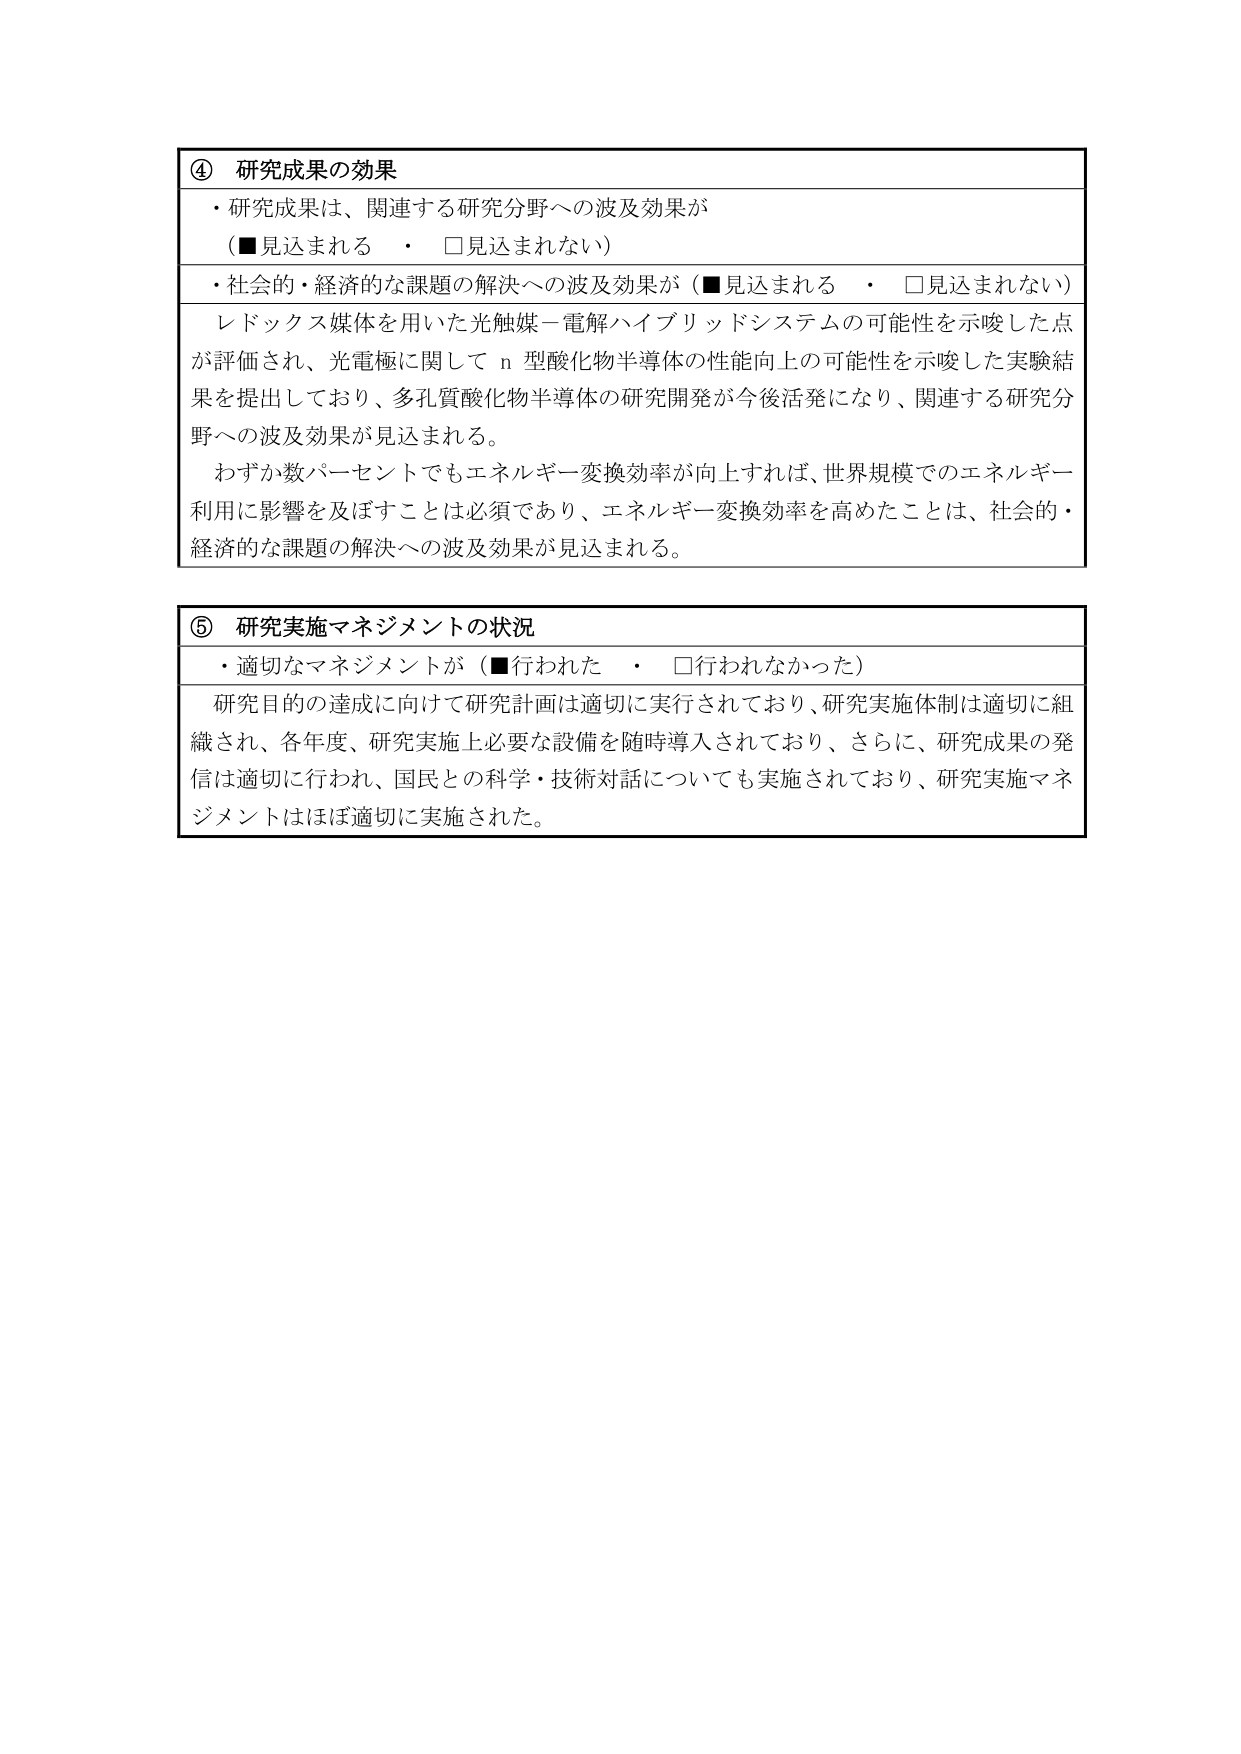
④ 研究成果の効果
・研究成果は、関連する研究分野への波及効果が
（■見込まれる　・　□見込まれない）
・社会的・経済的な課題の解決への波及効果が（■見込まれる　・　□見込まれない）
レドックス媒体を用いた光触媒－電解ハイブリッドシステムの可能性を示唆した点
が評価され、光電極に関して n 型酸化物半導体の性能向上の可能性を示唆した実験結果を提出しており、多孔質酸化物半導体の研究開発が今後活発になり、関連する研究分野への波及効果が見込まれる。
わずか数パーセントでもエネルギー変換効率が向上すれば、世界規模でのエネルギー利用に影響を及ぼすことは必須であり、エネルギー変換効率を高めたことは、社会的・経済的な課題の解決への波及効果が見込まれる。

⑤ 研究実施マネジメントの状況
・適切なマネジメントが（■行われた　・　□行われなかった）
研究目的の達成に向けて研究計画は適切に実行されており、研究実施体制は適切に組織され、各年度、研究実施上必要な設備を随時導入されており、さらに、研究成果の発信は適切に行われ、国民との科学・技術対話についても実施されており、研究実施マネジメントはほぼ適切に実施された。